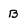
Character: B